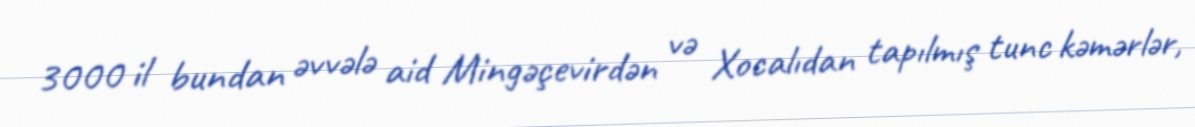
3000 il bundan əvvələ aid Mingəçevirdən və Xocalıdan tapılmış tunc kəmərlər,